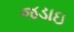
જડાઇ